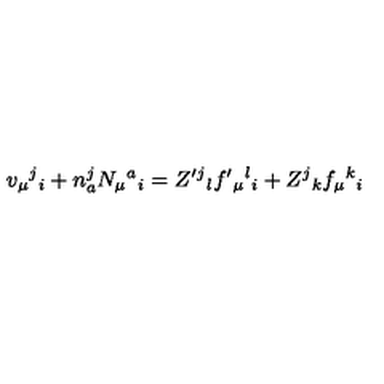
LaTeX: v _ { \mu } { } ^ { j } { } _ { i } + n _ { a } ^ { j } N _ { \mu } { } ^ { a } { } _ { i } = Z ^ { \prime } { } ^ { j } { } _ { l } f ^ { \prime } { } _ { \mu } { } ^ { l } { } _ { i } + Z ^ { j } { } _ { k } f _ { \mu } { } ^ { k } { } _ { i }